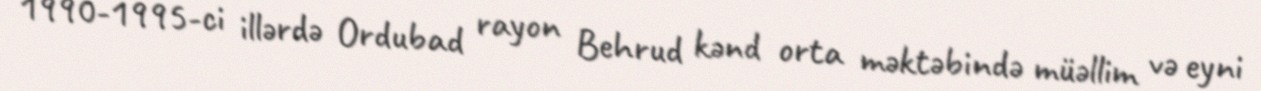
1990-1995-ci illərdə Ordubad rayon Behrud kənd orta məktəbində müəllim və eyni